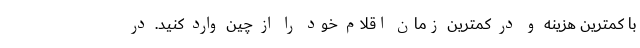
با کمترین هزینه و در کمترین زمان اقلام خود را از چین وارد کنید. در